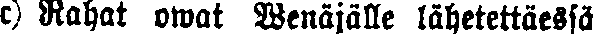
c) Rahat owat Wenäjälle lähetettäessä